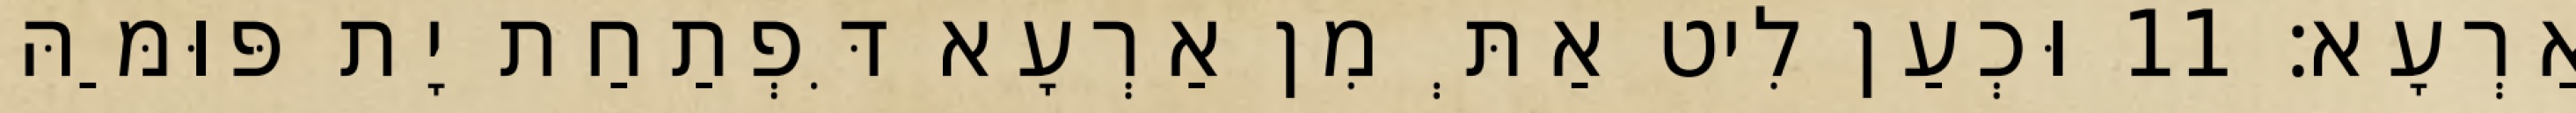
אַרְעָא׃ 11 וּכְעַן לִיט אַתְּ מִן אַרְעָא דִּפְתַחַת יָת פּוּמַּהּ